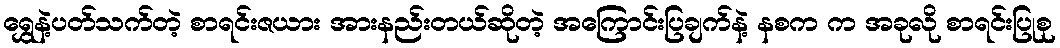
ရွှေနဲ့ပတ်သက်တဲ့ စာရင်းဇယား အားနည်းတယ်ဆိုတဲ့ အကြောင်းပြချက်နဲ့ နစက က အခုလို စာရင်းပြုစု